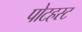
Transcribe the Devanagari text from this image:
पोटहस्ट